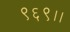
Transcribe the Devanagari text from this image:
९६९।।